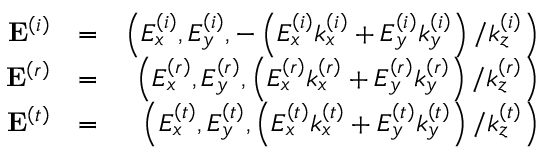
\begin{array} { r l r } { \mathbf { E } ^ { \left( i \right) } } & { = } & { \left( E _ { x } ^ { \left( i \right) } , E _ { y } ^ { \left( i \right) } , - \left( E _ { x } ^ { \left( i \right) } k _ { x } ^ { \left( i \right) } + E _ { y } ^ { \left( i \right) } k _ { y } ^ { \left( i \right) } \right) / k _ { z } ^ { \left( i \right) } \right) } \\ { \mathbf { E } ^ { \left( r \right) } } & { = } & { \left( E _ { x } ^ { \left( r \right) } , E _ { y } ^ { \left( r \right) } , \left( E _ { x } ^ { \left( r \right) } k _ { x } ^ { \left( r \right) } + E _ { y } ^ { \left( r \right) } k _ { y } ^ { \left( r \right) } \right) / k _ { z } ^ { \left( r \right) } \right) } \\ { \mathbf { E } ^ { \left( t \right) } } & { = } & { \left( E _ { x } ^ { \left( t \right) } , E _ { y } ^ { \left( t \right) } , \left( E _ { x } ^ { \left( t \right) } k _ { x } ^ { \left( t \right) } + E _ { y } ^ { \left( t \right) } k _ { y } ^ { \left( t \right) } \right) / k _ { z } ^ { \left( t \right) } \right) } \end{array}